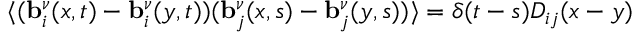
\langle ( \ensuremath { \mathbf { b } } _ { i } ^ { \nu } ( x , t ) - \ensuremath { \mathbf { b } } _ { i } ^ { \nu } ( y , t ) ) ( \ensuremath { \mathbf { b } } _ { j } ^ { \nu } ( x , s ) - \ensuremath { \mathbf { b } } _ { j } ^ { \nu } ( y , s ) ) \rangle = \delta ( t - s ) D _ { i j } ( x - y )